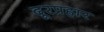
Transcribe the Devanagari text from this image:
दूरप्रहार